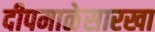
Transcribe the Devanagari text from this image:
दीपमाळेसारखा